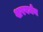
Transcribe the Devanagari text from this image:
शरवर्मन